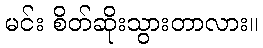
မင်း စိတ်ဆိုးသွားတာလား။